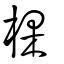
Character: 棵